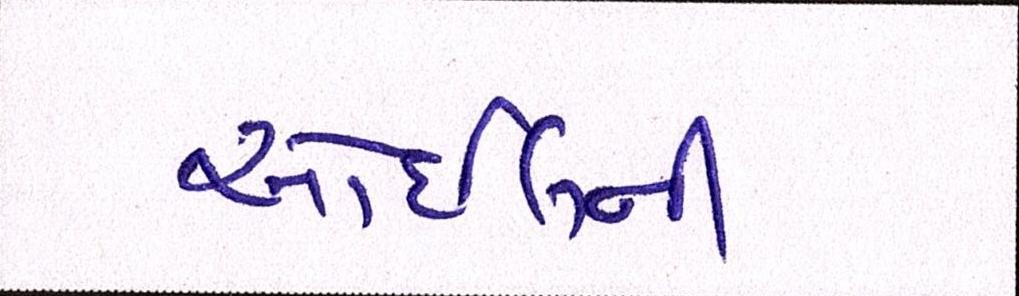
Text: ઓઈલની